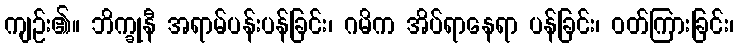
ကျဉ်း၏။ ဘိက္ခုနီ အရာမ်ပန်းပန်ခြင်း၊ ဂမိက အိပ်ရာနေရာ ပန်ခြင်း၊ ဝတ်ကြားခြင်း၊